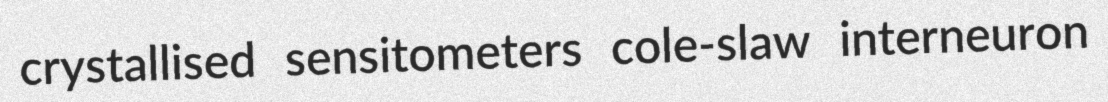
crystallised sensitometers cole-slaw interneuron